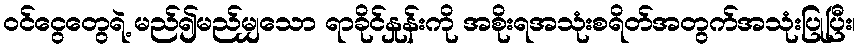
၀င်ငွေတွေရဲ့ မည်၍မည်မျှသော ရာခိုင်နှုန်းကို အစိုးရအသုံးစရိတ်အတွက်အသုံးပြုပြီး၊